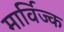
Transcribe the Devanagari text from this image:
मार्विज्क